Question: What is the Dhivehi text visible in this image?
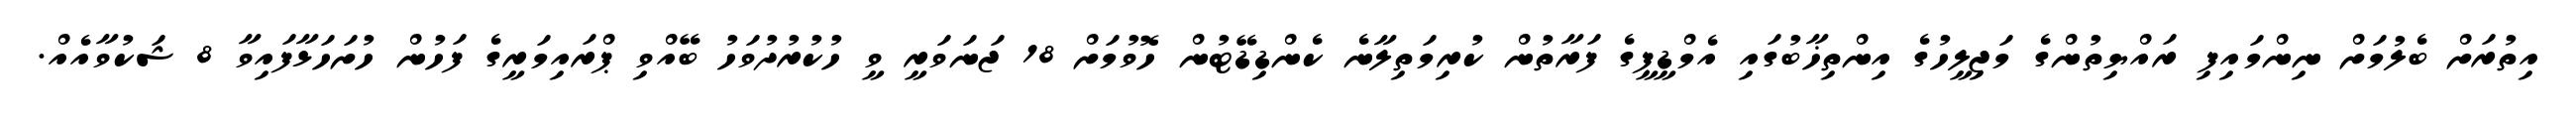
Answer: އިތުރަށް ބެލުމަށް ނިންމައިފި ރައްޔިތުންގެ މަޖިލީހުގެ އިންތިޚާބުގައި އެމްޑީޕީގެ ފަރާތުން ކުރިމަތިލާނެ ކެންޑިޑޭޓުން ހޮވުމަށް 18 ޖަނަވަރީ ވީ ހުކުރުދުވަހު ބޭއްވި ޕްރައިމަރީގެ ފަހުން ހުށަހަޅާފައިވާ 8 ޝަކުވާއެއް.